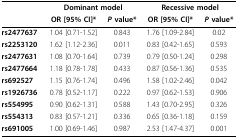
|  | <COLSPAN=2> Dominant model | <COLSPAN=2> Recessive model |
 |  | OR [95% CI]* | P value* | OR [95% CI]* | P value* |
 | --- | --- | --- | --- | --- |
 | rs2477637 | 1.04 [0.71-1.52] | 0.843 | 1.76 [1.09-2.84] | 0.02 |
 | rs2253120 | 1.62 [1.12-2.36] | 0.011 | 0.83 [0.42-1.65] | 0.593 |
 | rs2477631 | 1.08 [0.70-1.64] | 0.739 | 0.79 [0.50-1.24] | 0.298 |
 | rs2477664 | 1.18 [0.78-1.78] | 0.433 | 0.87 [0.56-1.36] | 0.535 |
 | rs692527 | 1.15 [0.76-1.74] | 0.496 | 1.58 [1.02-2.46] | 0.042 |
 | rs1926736 | 0.78 [0.52-1.17] | 0.222 | 0.97 [0.62-1.53] | 0.906 |
 | rs554995 | 0.90 [0.62-1.31] | 0.588 | 1.43 [0.70-2.95] | 0.326 |
 | rs554313 | 0.83 [0.57-1..21] | 0.336 | 0.65 [0.36-1.18] | 0.159 |
 | rs691005 | 1.00 [0.69-1.46] | 0.987 | 2.53 [1.47-4.37] | 0.001 |